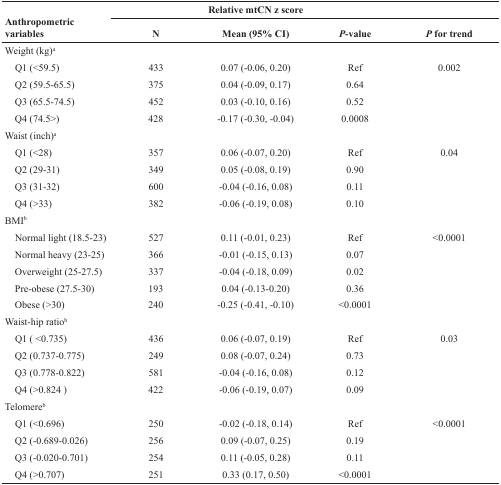
<table><thead><tr><td rowspan="2"><b>Anthropometric variables</b></td><td colspan="4"><b>Relative mtCN z score</b></td></tr><tr><td><b>N</b></td><td><b>Mean (95% CI)</b></td><td><b><i>P</i>-value</b></td><td><b><i>P</i> for trend</b></td></tr></thead><tbody><tr><td>Weight (kg)<sup>a</sup></td><td></td><td></td><td></td><td></td></tr><tr><td> Q1 (&lt;59.5)</td><td>433</td><td>0.07 (−0.06, 0.20)</td><td>Ref</td><td>0.002</td></tr><tr><td> Q2 (59.5-65.5)</td><td>375</td><td>0.04 (−0.09, 0.17)</td><td>0.64</td><td></td></tr><tr><td> Q3 (65.5-74.5)</td><td>452</td><td>0.03 (−0.10, 0.16)</td><td>0.52</td><td></td></tr><tr><td> Q4 (74.5&gt;)</td><td>428</td><td>−0.17 (−0.30, −0.04)</td><td>0.0008</td><td></td></tr><tr><td>Waist (inch)<sup>a</sup></td><td></td><td></td><td></td><td></td></tr><tr><td> Q1 (&lt;28)</td><td>357</td><td>0.06 (−0.07, 0.20)</td><td>Ref</td><td>0.04</td></tr><tr><td> Q2 (29-31)</td><td>349</td><td>0.05 (−0.08, 0.19)</td><td>0.90</td><td></td></tr><tr><td> Q3 (31-32)</td><td>600</td><td>−0.04 (−0.16, 0.08)</td><td>0.11</td><td></td></tr><tr><td> Q4 (&gt;33)</td><td>382</td><td>−0.06 (−0.19, 0.08)</td><td>0.10</td><td></td></tr><tr><td>BMI<sup>b</sup></td><td></td><td></td><td></td><td></td></tr><tr><td> Normal light (18.5-23)</td><td>527</td><td>0.11 (−0.01, 0.23)</td><td>Ref</td><td>&lt;0.0001</td></tr><tr><td> Normal heavy (23-25)</td><td>366</td><td>−0.01 (−0.15, 0.13)</td><td>0.07</td><td></td></tr><tr><td> Overweight (25-27.5)</td><td>337</td><td>−0.04 (−0.18, 0.09)</td><td>0.02</td><td></td></tr><tr><td> Pre-obese (27.5-30)</td><td>193</td><td>0.04 (−0.13-0.20)</td><td>0.36</td><td></td></tr><tr><td> Obese (&gt;30)</td><td>240</td><td>−0.25 (−0.41, −0.10)</td><td>&lt;0.0001</td><td></td></tr><tr><td>Waist-hip ratio<sup>b</sup></td><td></td><td></td><td></td><td></td></tr><tr><td> Q1 (&lt;0.735)</td><td>436</td><td>0.06 (−0.07, 0.19)</td><td>Ref</td><td>0.03</td></tr><tr><td> Q2 (0.737-0.775)</td><td>249</td><td>0.08 (−0.07, 0.24)</td><td>0.73</td><td></td></tr><tr><td> Q3 (0.778-0.822)</td><td>581</td><td>−0.04 (−0.16, 0.08)</td><td>0.12</td><td></td></tr><tr><td> Q4 (&gt;0.824)</td><td>422</td><td>−0.06 (−0.19, 0.07)</td><td>0.09</td><td></td></tr><tr><td>Telomere<sup>b</sup></td><td></td><td></td><td></td><td></td></tr><tr><td> Q1 (&lt;0.696)</td><td>250</td><td>−0.02 (−0.18, 0.14)</td><td>Ref</td><td>&lt;0.0001</td></tr><tr><td> Q2 (−0.689-0.026)</td><td>256</td><td>0.09 (−0.07, 0.25)</td><td>0.19</td><td></td></tr><tr><td> Q3 (−0.020-0.701)</td><td>254</td><td>0.11 (−0.05, 0.28)</td><td>0.11</td><td></td></tr><tr><td> Q4 (&gt;0.707)</td><td>251</td><td>0.33 (0.17, 0.50)</td><td>&lt;0.0001</td><td></td></tr></tbody></table>